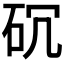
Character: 𥐱